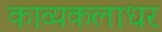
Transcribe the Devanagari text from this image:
काव्यकलाधर